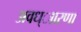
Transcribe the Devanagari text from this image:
अवध्ाारणा